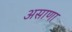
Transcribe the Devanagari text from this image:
असाणा